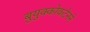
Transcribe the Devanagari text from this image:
बुयुक्कोकटेनने